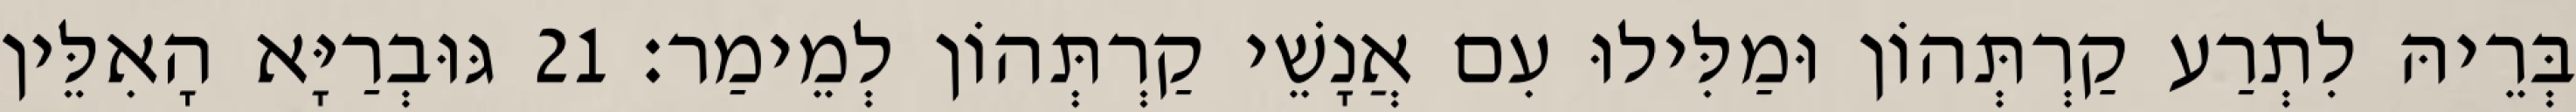
בְּרֵיהּ לִתְרַע קַרְתְּהוֹן וּמַלִּילוּ עִם אֲנָשֵׁי קַרְתְּהוֹן לְמֵימַר׃ 21 גּוּבְרַיָּא הָאִלֵּין